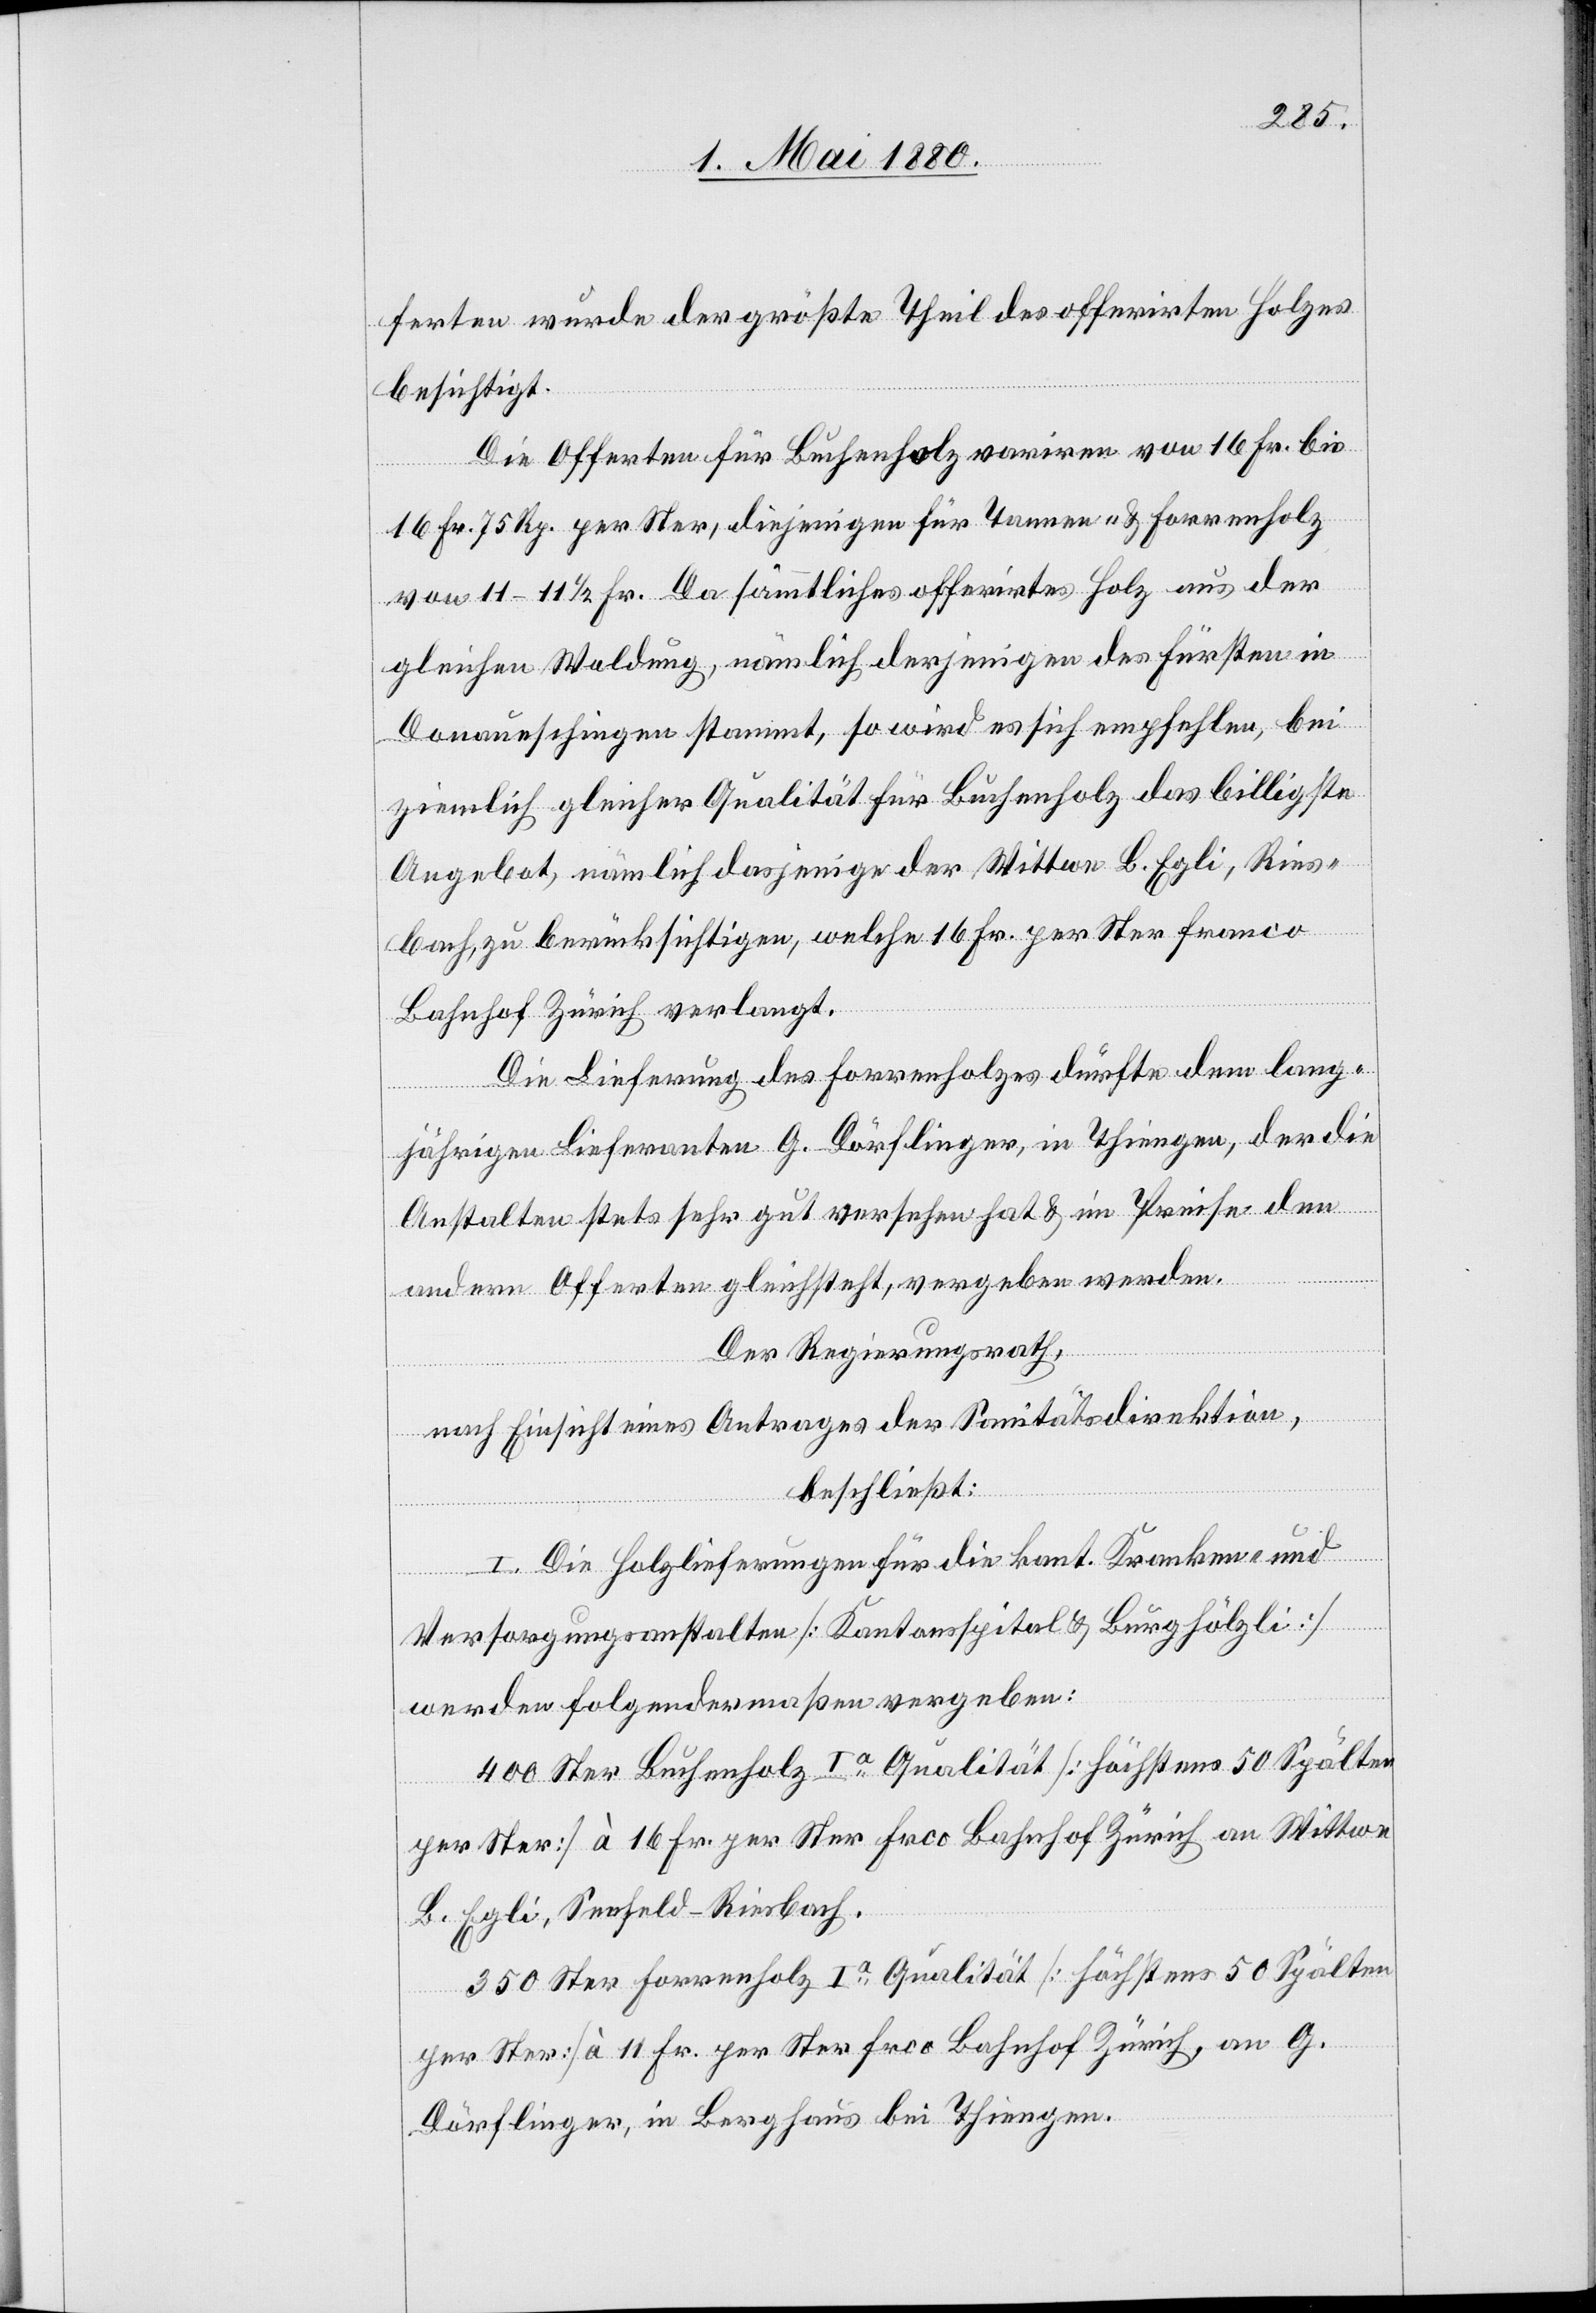
ferten wurde der größte Theil des offerirten Holzes
besichtigt.
Die Offerten für Buchenholz variren von 16 Fr. bis
16 Fr. 75 Rp. per Ster, diejenigen für Tannen- & Forrenholz
von 11–11 1/2 Fr. Da sämmtliches offerirtes Holz aus der
gleichen Waldung, nämlich derjenigen des Fürsten in
Donaueschingen stammt, so wird es sich empfehlen, bei
ziemlich gleicher Qualität für Buchenholz das billigste
Angebot, nämlich dasjenige der Wittwe B. Egli, Ries¬
bach, zu berücksichtigen, welche 16 Fr. per Ster franco
Bahnhof Zürich verlangt.
Die Lieferung des Forrenholzes durfte dem lang¬
jährigen Lieferanten G. Dörflinger, in Thiengen, der die
Anstalten stets sehr gut versehen hat & im Preise den
andern Offerten gleichsteht, vergeben werden.
Der Regierungsrath,
nach Einsicht eines Antrages der Sanitätsdirektion,
beschließt:
I. Die Holzlieferungen für die kant. Kranken- und
Versorgungsanstalten [Kantonsspital & Burghölzli]
werden folgendermaßen vergeben:
400 Ster Buchenholz Ia Qualität [höchstens 50 Spälten
per Ster] à 16 Fr. per Ster frco Bahnhof Zürich an Wittwe
B. Egli, Seefeld - Riesbach.
350 Ster Forrenholz Ia Qualität [höchstens 50 Spälten
per Ster] à 11 Fr. per Ster frco Bahnhof Zürich, an G.
Dörflinger, in Berghaus bei Thiengen.